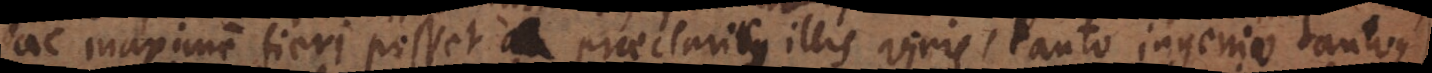
ac maxime fieri posset a praeclaris illis viris, tanto ingenio tantoque